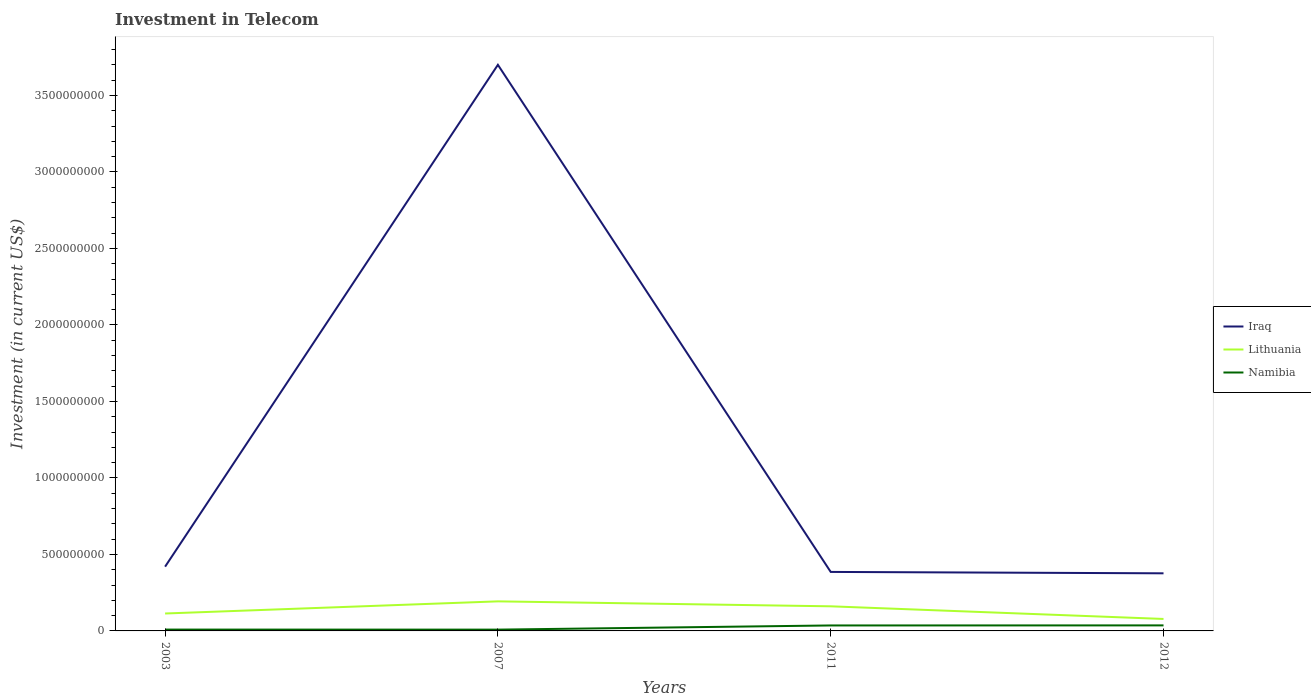
| Years | Iraq | Lithuania | Namibia |
 | --- | --- | --- | --- |
 | 2003 | 4.2e+08 | 1.14e+08 | 8.75e+06 |
 | 2007 | 3.7e+09 | 1.93e+08 | 8.5e+06 |
 | 2011 | 3.86e+08 | 1.61e+08 | 3.57e+07 |
 | 2012 | 3.76e+08 | 7.82e+07 | 3.61e+07 |